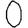
Digit: 0